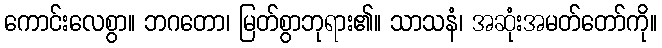
ကောင်းလေစွာ။ ဘဂတော၊ မြတ်စွာဘုရား၏။ သာသနံ၊ အဆုံးအမတ်တော်ကို။